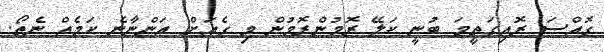
ގޮއްސަ ރޮއިގަތީމަ ބުނީ ކަލޭ ރޮމުންރޮމުން މި ގެއަށް އަންނާނެ ކަމެއް ނެތޯ.